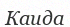
Каида